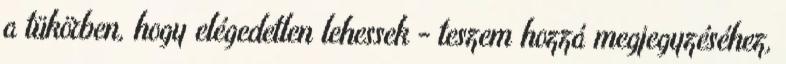
a tükörben, hogy elégedetlen lehessek - teszem hozzá megjegyzéséhez,